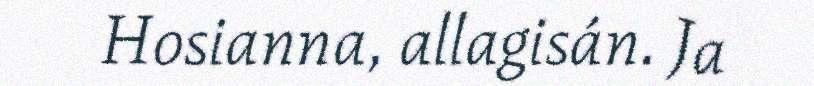
Hosianna, allagisán. Ja